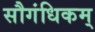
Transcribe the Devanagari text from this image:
सौगंधिकम्